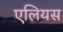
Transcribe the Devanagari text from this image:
एलियस